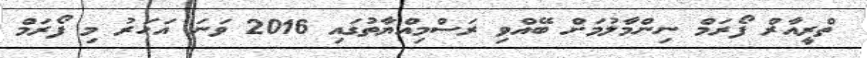
ތްރީއާރް ފޯރަމް ނިންމާލުމަށް ބޭއްވި ރަސްމިއްޔާތުގައި 2016 ވަނަ އަހަރު މި ފޯރަމް